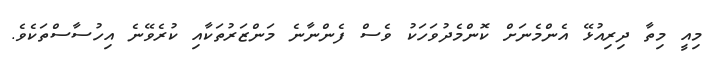
މިއީ މިތާ ދިރިއުޅޭ އެންމެނަށް ކޮންމެދުވަހަކު ވެސް ފެންނާނެ މަންޒަރުތަކާއި ކުރެވޭނެ އިހުސާސްތަކެވެ.